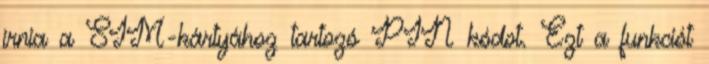
írnia a SIM-kártyához tartozó PIN kódot. Ezt a funkciót